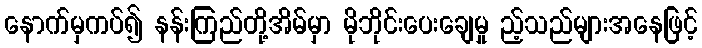
နောက်မှကပ်၍ နန်းကြည်တို့အိမ်မှာ မိုဘိုင်းပေးချေမှု ည့်သည်များအနေဖြင့်